Civil Veterinary Dept. Bombay admin report 1923-31 - 1923-1931
Year: 1923
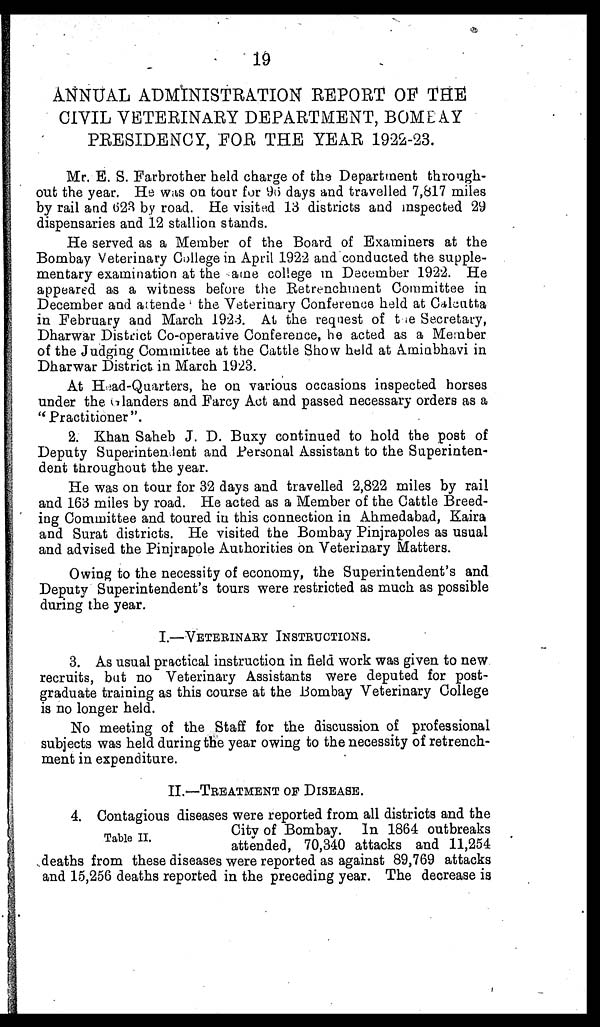
19
ANNUAL ADMINISTRATION REPORT OF THE
CIVIL VETERINARY DEPARTMENT, BOMBAY
PRESIDENCY, FOR THE YEAR 1922-23.
Mr. E. S. Farbrother held charge of the Department through-
out the year. He was on tour for 96 days and travelled 7,817 miles
by rail and 623 by road. He visited 13 districts and inspected 29
dispensaries and 12 stallion stands.
He served as a Member of the Board of Examiners at the
Bombay Veterinary College in April 1922 and conducted the supple-
mentary examination at the ame college in December 1922. He
appeared as a witness before the Retrenchment Committee in
December and attende the Veterinary Conference held at Calcutta
in February and March 1923. At the request of the Secretary,
Dharwar District Co-operative Conference, he acted as a Member
of the Judging Committee at the Cattle Show held at Aminbhavi in
Dharwar District in March 1923.
At Head-Quarters, he on various occasions inspected horses
under the Glanders and Farcy Act and passed necessary orders as a
"Practitioner".
2. Khan Saheb J. D. Buxy continued to hold the post of
Deputy Superinten lent and Personal Assistant to the Superinten-
dent throughout the year.
He was on tour for 32 days and travelled 2,822 miles by rail
and 163 miles by road. He acted as a Member of the Cattle Breed-
ing Committee and toured in this connection in Ahmedabad, Kaira
and Surat districts. He visited the Bombay Pinjrapoles as usual
and advised the Pinjrapole Authorities on Veterinary Matters.
Owing to the necessity of economy, the Superintendent's and
Deputy Superintendent's tours were restricted as much as possible
during the year.
I.—VETERINARY INSTRUCTIONS.
3. As usual practical instruction in field work was given to new
recruits, but no Veterinary Assistants were deputed for post-
graduate training as this course at the Bombay Veterinary College
is no longer held.
No meeting of the Staff for the discussion of professional
subjects was held during the year owing to the necessity of retrench-
ment in expenditure.
II.—TREATMENT OF DISEASE.
Table II.
4. Contagious diseases were reported from all districts and the
City of Bombay. In 1864 outbreaks
attended, 70,340 attacks and 11,254
deaths from these diseases were reported as against 89,769 attacks
and 15,256 deaths reported in the preceding year. The decrease is